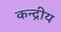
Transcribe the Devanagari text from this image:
कन्द्रीय